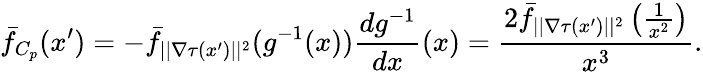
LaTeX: \bar{f}_{C_{p}}(x^{\prime})=-\bar{f}_{||\nabla\tau(x^{\prime})||^{2}}(g^{-1}(x))\frac{dg^{-1}}{dx}(x)=\frac{2\bar{f}_{||\nabla\tau(x^{\prime})||^{2}}\left(\frac{1}{x^{2}}\right)}{x^{3}}.